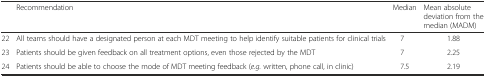
|  | Recommendation | Median | Mean absolute deviation from the median (MADM) |
 | --- | --- | --- | --- |
 | 22 | All teams should have a designated person at each MDT meeting to help identify suitable patients for clinical trials | 7 | 1.88 |
 | 23 | Patients should be given feedback on all treatment options, even those rejected by the MDT | 7 | 2.25 |
 | 24 | Patients should be able to choose the mode of MDT meeting feedback (e.g. written, phone call, in clinic) | 7.5 | 2.19 |